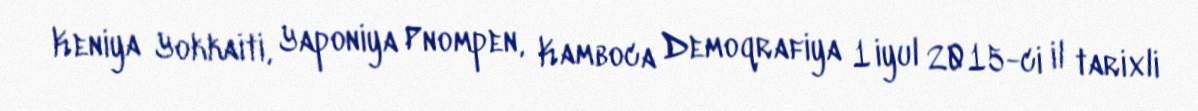
Keniya Yokkaiti, Yaponiya Pnompen, Kamboca Demoqrafiya 1 iyul 2015-ci il tarixli